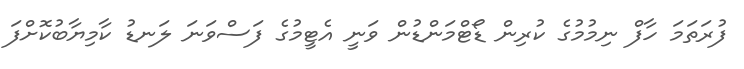
ފުރަތަމަ ހާފް ނިމުމުގެ ކުރިން ޑޯޓްމަންޑުން ވަނީ އެޓީމުގެ ފަސްވަނަ ލަނޑު ކާމިޔާބުކޮށްފަ